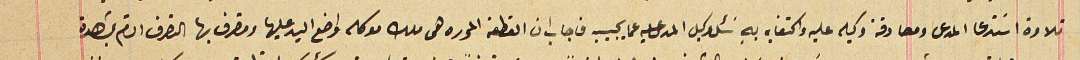
تلاوة اسَتدعا المدعى ومصادقة وكيله عليه واكتفايه بهِ سَئل وكيل المدعى عليه عما يجيبه فاجاب ان القطعه المحرره هى ملك موكله واضع اليد عليها ومتصرف بها التصرف التام بمشاهدة